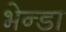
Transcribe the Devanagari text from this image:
भेन्डा